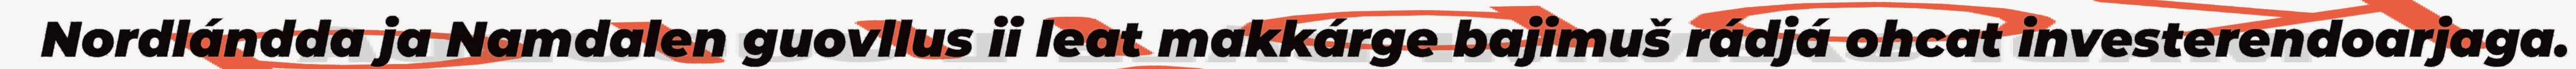
Nordlándda ja Namdalen guovllus ii leat makkárge bajimuš rádjá ohcat investerendoarjaga.